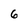
Character: 6